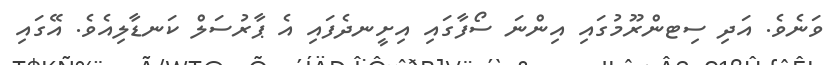
ވަނެވެ. އަދި ސިޓންރޫމުގައި އިންނަ ސޯފާގައި އިށީނދެފައި އެ ޕާރުސަލް ކަނޑާލިއެވެ. އޭގައި